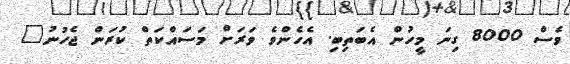
ވެސް 8000 ގިނަ މީހުން އެބަތިބި. އެހެންވެ ވަރަށް މަސައްކަތް ކުރަން ޖެހުނު"